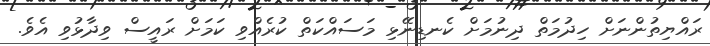
ރައްޔިތުންނަށް ހިދުމަތް ދިނުމަށް ކެނޑިނޭޅި މަސައްކަތް ކުރެއްވި ކަމަށް ރައީސް ވިދާޅުވި އެވެ.